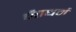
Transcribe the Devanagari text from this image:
चैत्तधर्म